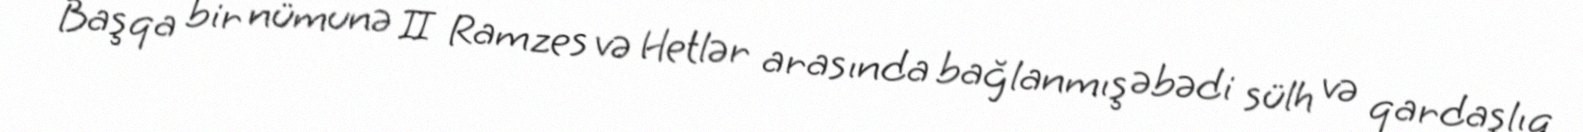
Başqa bir nümunə II Ramzes və Hetlər arasında bağlanmış əbədi sülh və qardaşlıq